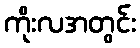
ကိုးလအတွင်း